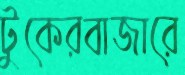
টুকেরবাজারে